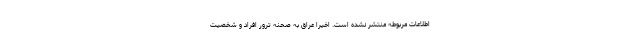
اطلاعات مربوطه منتشر نشده است. اخیرا عراق به صحنه ترور افراد و شخصیت